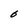
Character: O